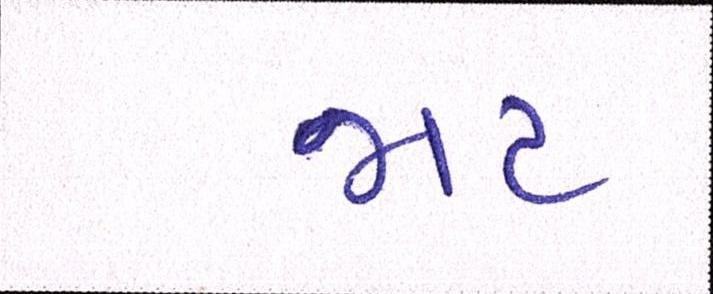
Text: જાટ